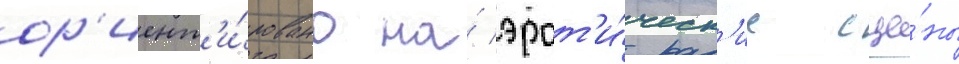
ор'иент'и́ровано на́ эрот'и́ческ'ие сце́ны